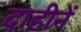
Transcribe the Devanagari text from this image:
दाहीनें